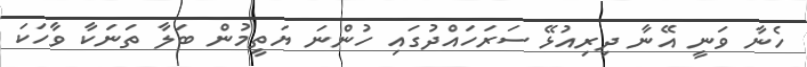
ހެނާ ވަނީ އޭނާ ދިރިއުޅޭ ސަރަހައްދުގައި ހުންނަ ޔަތީމުން ބަލާ ތަނަކާ ވާހަކަ